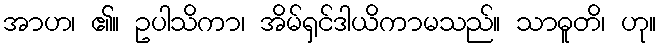
အာဟ၊ ၏။ ဥပါသိကာ၊ အိမ်ရှင်ဒါယိကာမသည်။ သာဓူတိ၊ ဟု။